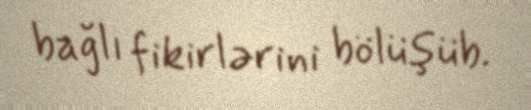
bağlı fikirlərini bölüşüb.